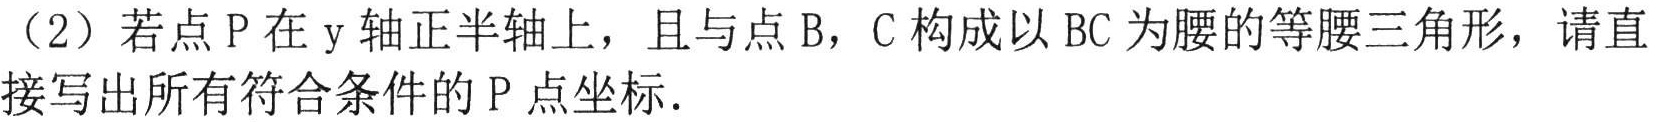
（2）若点\(P\)在\(y\)轴正半轴上，且与点\(B\)，\(C\)构成以\(BC\)为腰的等腰三角形，请直接写出所有符合条件的\(P\)点坐标.